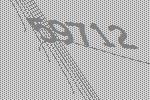
59712